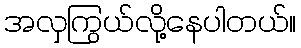
အလှကြွယ်လို့နေပါတယ်။